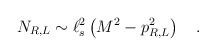
\begin{align*}N_{R,L} \sim \ell_s^2 \left( M^2 - p_{R,L}^2 \right)\quad .\end{align*}